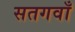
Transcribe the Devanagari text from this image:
सतगवाँ